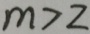
m > 2